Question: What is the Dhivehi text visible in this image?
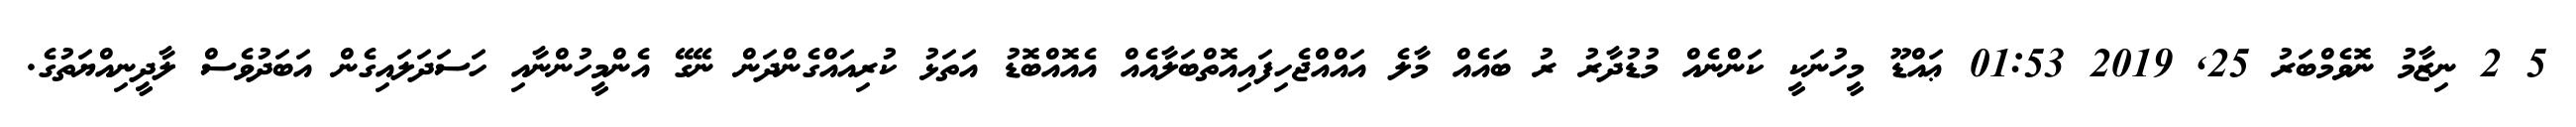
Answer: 5 2 ނިޒާމު ނޮވެމްބަރު 25, 2019 01:53 ޢައްޑޫ މީހުނަކީ ކަންނެއް މުޑުދާރު ރު ބައެއް މާލެ އައްއްޖެހިފައިއޮތްބަލާއެއް އެއޮއްބޮޑު އަތަޅު ކުރިއައްގެންދަން ނޭގޭ އެންމީހުންނާއި ހަސަދަލައިގެން އަބަދުވެސް ލާދީނިއްޔަތުގެ.